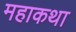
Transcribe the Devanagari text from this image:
महाकथा